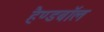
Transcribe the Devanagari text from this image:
हैण्डबॉल